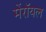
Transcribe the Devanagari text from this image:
मेंरॉयल